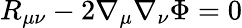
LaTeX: R_{\mu\nu}-2\nabla_{\mu}\nabla_{\nu}\Phi=0